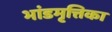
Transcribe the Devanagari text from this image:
भांडमृत्तिका